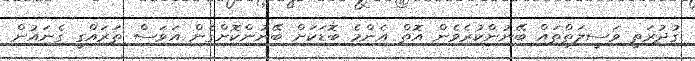
ގުދުރަތީ ވަސީލަތްތައް ބޭނުންކުރެވެން އޮތް އެންމެ ބޮޑަކަށް ބޭނުންކޮށްގެން އަވަސް ތަރައްގީ ގެނައުން